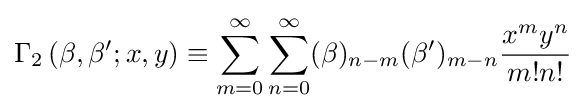
\Gamma _{2}\left(\beta ,\beta ';x,y\right)\equiv \sum _{m=0}^{\infty }\sum _{n=0}^{\infty }(\beta )_{n-m}(\beta ')_{m-n}{\frac {x^{m}y^{n}}{m!n!}}